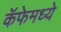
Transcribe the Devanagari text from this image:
कॅफेमध्ये